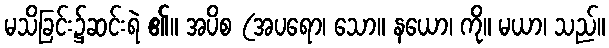
မသိခြင်း၌ဆင်းရဲ ၏။ အပိစ (အပရော၊ သော။ နယော၊ ကို။ မယာ၊ သည်။